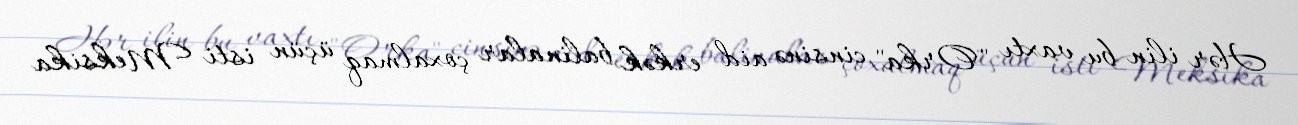
Hər ilin bu vaxtı "Orka" cinsinə aid erkək balinalar çoxalmaq üçün isti Meksika